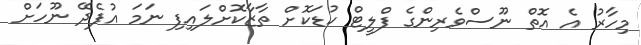
މިހާރު އެ އޮތް ނޫސްވެރިންގެ ފްލީޓް ކުޑަކޮށް ތާޒާކޮށްލައިފި ނަމަ އުފެދޭ ނޫހަށް